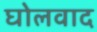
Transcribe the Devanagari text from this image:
घोलवाद